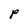
Character: P